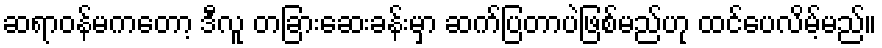
ဆရာဝန်မကတော့ ဒီလူ တခြားဆေးခန်းမှာ ဆက်ပြတာပဲဖြစ်မည်ဟု ထင်ပေလိမ့်မည်။